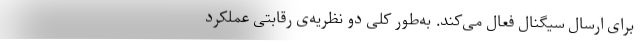
برای ارسال سیگنال فعال می‌کند. به‌طور کلی دو نظریه‌ی رقابتی عملکرد